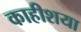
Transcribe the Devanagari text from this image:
काहीशया